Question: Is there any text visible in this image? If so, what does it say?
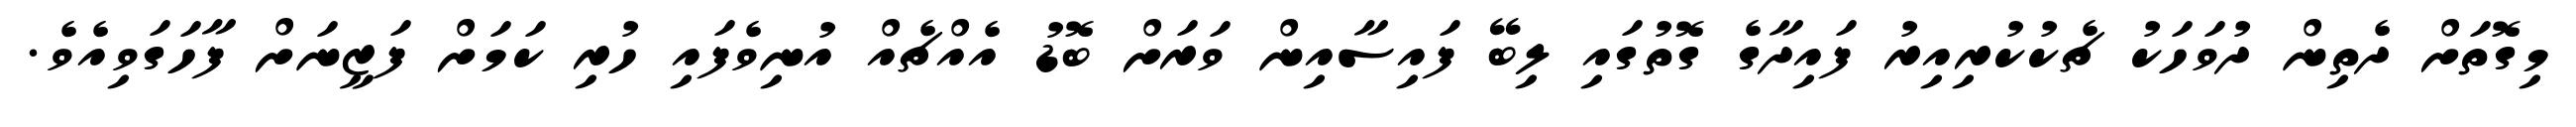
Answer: މިގޮތަށް ދެތިން ދުވަހަކު ޗެކުކުރިއިރު ފައިދާގެ ގޮތުގައި ލިބޭ ފައިސާއިން ވަރަށް ބޮޑު އެއްޗެއް އުނިވެފައި ހުރި ކަމަށް ފަޒީނަށް ފާހަގަވިއެވެ.